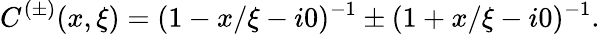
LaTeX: C^{(\pm)}(x,\xi)=(1-x/\xi-i0)^{-1}\pm(1+x/\xi-i0)^{-1}.